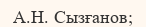
А.Н. Сызғанов;